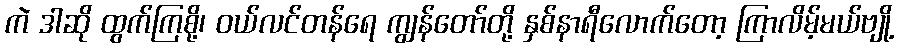
ကဲ ဒါဆို ထွက်ကြစို့၊ ဝယ်လင်တန်ရေ ကျွန်တော်တို့ နှစ်နာရီလောက်တော့ ကြာလိမ့်မယ်ဗျို့